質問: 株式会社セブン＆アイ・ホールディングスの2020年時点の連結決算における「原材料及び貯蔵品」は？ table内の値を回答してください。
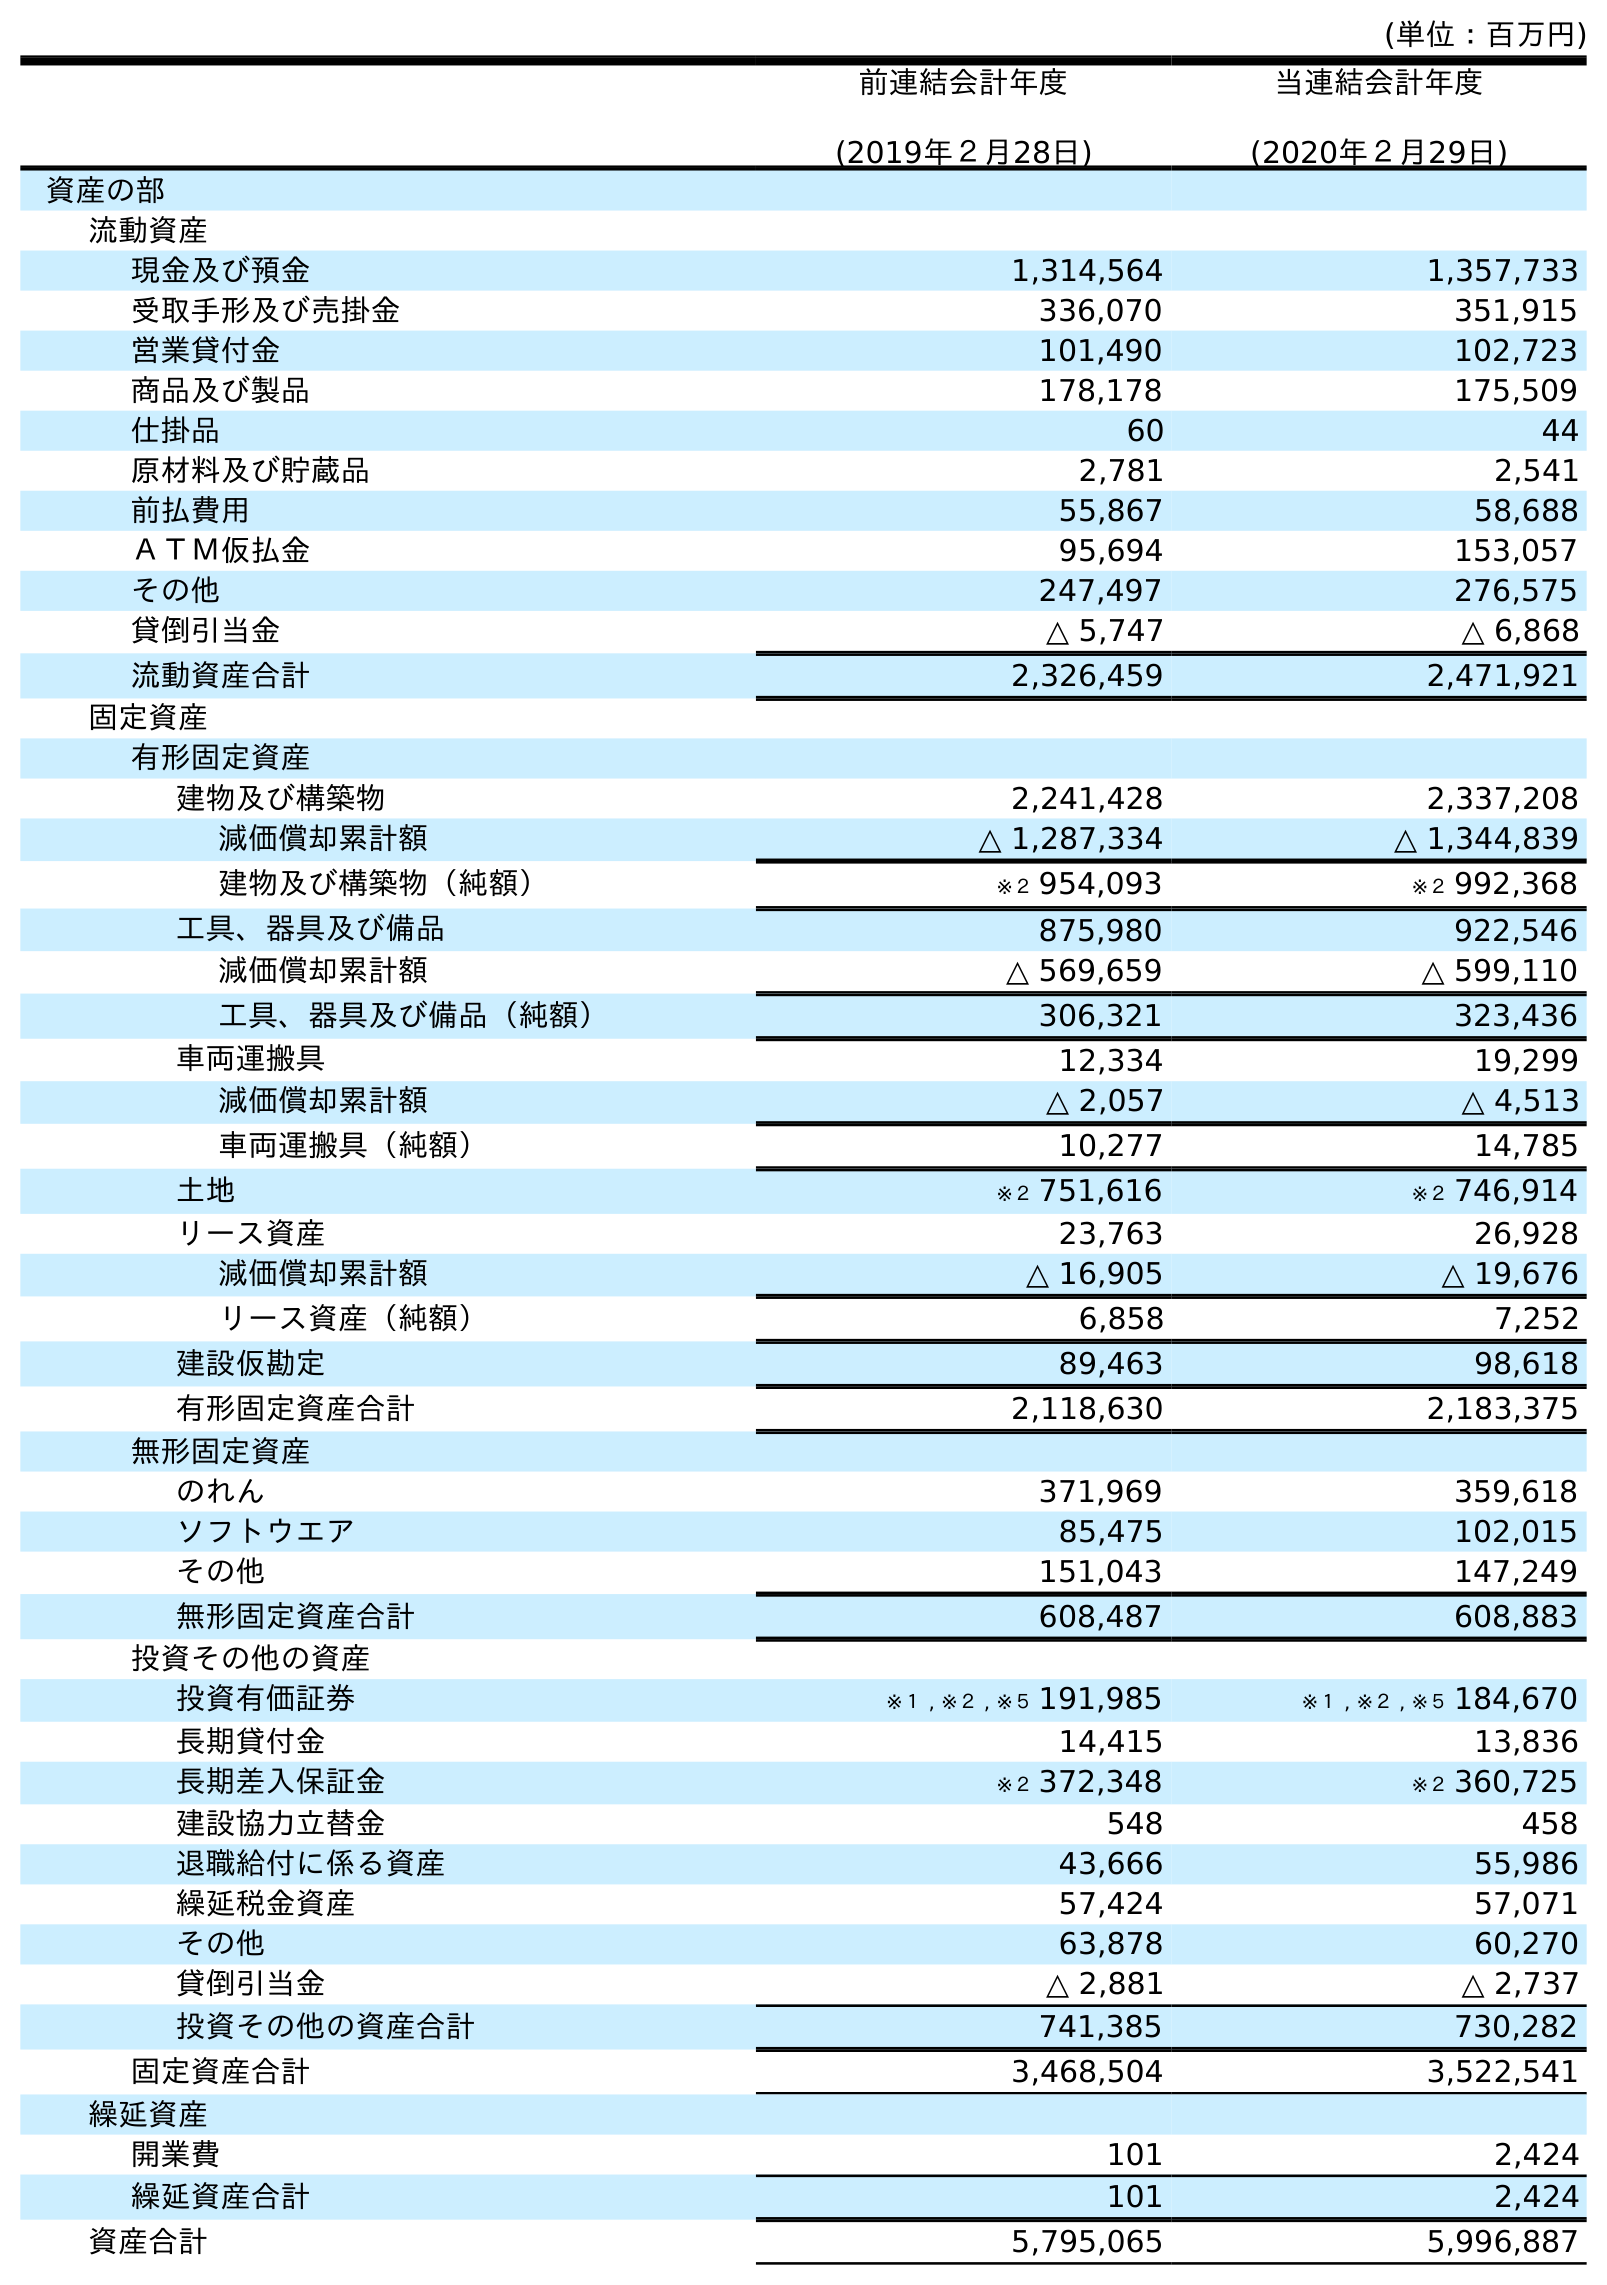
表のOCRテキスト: (単位：百万円) 前連結会計年度 (2019年２月28日) 当連結会計年度 (2020年２月29日) 資産の部 流動資産 現金及び預金 1,314,564 1,357,733 受取手形及び売掛金 336,070 351,915 営業貸付金 101,490 102,723 商品及び製品 178,178 175,509 仕掛品 60 44 原材料及び貯蔵品 2,781 2,541 前払費用 55,867 58,688 ＡＴＭ仮払金 95,694 153,057 その他 247,497 276,575 貸倒引当金 △ 5,747 △ 6,868 流動資産合計 2,326,459 2,471,921 固定資産 有形固定資産 建物及び構築物 2,241,428 2,337,208 減価償却累計額 △ 1,287,334 △ 1,344,839 建物及び構築物（純額） ※２ 954,093 ※２ 992,368 工具、器具及び備品 875,980 922,546 減価償却累計額 △ 569,659 △ 599,110 工具、器具及び備品（純額） 306,321 323,436 車両運搬具 12,334 19,299 減価償却累計額 △ 2,057 △ 4,513 車両運搬具（純額） 10,277 14,785 土地 ※２ 751,616 ※２ 746,914 リース資産 23,763 26,928 減価償却累計額 △ 16,905 △ 19,676 リース資産（純額） 6,858 7,252 建設仮勘定 89,463 98,618 有形固定資産合計 2,118,630 2,183,375 無形固定資産 のれん 371,969 359,618 ソフトウエア 85,475 102,015 その他 151,043 147,249 無形固定資産合計 608,487 608,883 投資その他の資産 投資有価証券 ※１ , ※２ , ※５ 191,985 ※１ , ※２ , ※５ 184,670 長期貸付金 14,415 13,836 長期差入保証金 ※２ 372,348 ※２ 360,725 建設協力立替金 548 458 退職給付に係る資産 43,666 55,986 繰延税金資産 57,424 57,071 その他 63,878 60,270 貸倒引当金 △ 2,881 △ 2,737 投資その他の資産合計 741,385 730,282 固定資産合計 3,468,504 3,522,541 繰延資産 開業費 101 2,424 繰延資産合計 101 2,424 資産合計 5,795,065 5,996,887
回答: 2,541